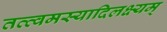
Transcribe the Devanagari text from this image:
तत्त्वमस्यादिलक्ष्यम्